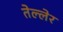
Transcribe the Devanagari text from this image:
तेल्लेर